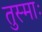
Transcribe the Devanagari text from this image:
तुस्माः